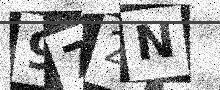
Text: 972N